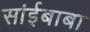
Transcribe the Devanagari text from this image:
सांईबाबा